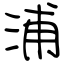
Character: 浦